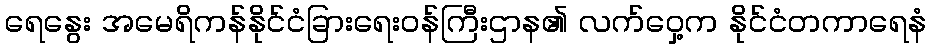
ရေနွေး အမေရိကန်နိုင်ငံခြားရေးဝန်ကြီးဌာန၏ လက်ဝှေ့က နိုင်ငံတကာရေနံ